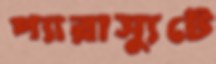
প্যারাস্যুটে